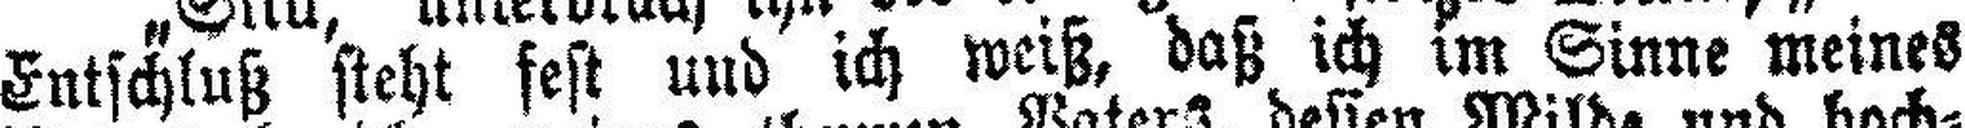
Entschluß steht fest und ich weiß, daß ich im Sinne meines